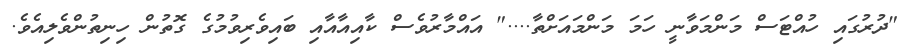
"ދުރުގައި ހުއްޓަސް މަންމަވާނީ ހަމަ މަންމައަށްތާ...." އައްމާރުވެސް ކާއިއާއާއި ބައިވެރިވުމުގެ ގޮތުން ހިނިތުންވެލިއެވެ.